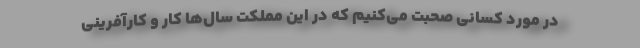
در مورد کسانی صحبت می‌کنیم که در این مملکت سال‌ها کار و کارآفرینی